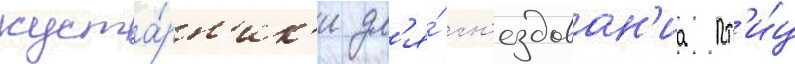
куста́рн'ик'и дл'я́ гн'ездован'иа пт'и́ц